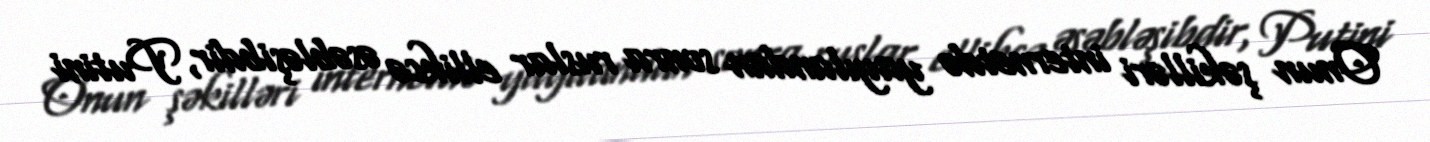
Onun şəkilləri internetdə yayılandan sonra ruslar ellikcə əsəbləşibdir, Putini